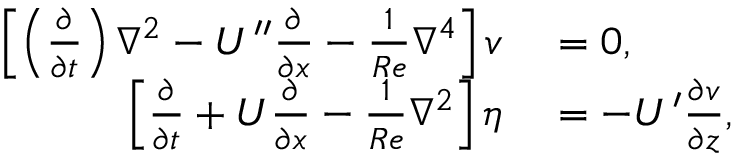
\begin{array} { r l } { \left[ \left( \frac { \partial } { \partial t } \right) \nabla ^ { 2 } - U ^ { \prime \prime } \frac { \partial } { \partial x } - \frac { 1 } { R e } \nabla ^ { 4 } \right] v } & { { } = 0 , } \\ { \left[ \frac { \partial } { \partial t } + U \frac { \partial } { \partial x } - \frac { 1 } { R e } \nabla ^ { 2 } \right] \eta } & { { } = - U ^ { \prime } \frac { \partial v } { \partial z } , } \end{array}